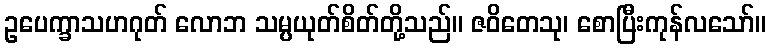
ဥပေက္ခာသဟဂုတ် လောဘ သမ္ပယုတ်စိတ်တို့သည်။ ဇဝိတေသု၊ စောပြီးကုန်လသော်။